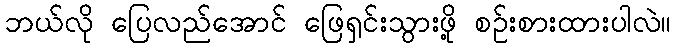
ဘယ်လို ပြေလည်အောင် ဖြေရှင်းသွားဖို့ စဉ်းစားထားပါလဲ။